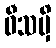
ဝီသမှိ